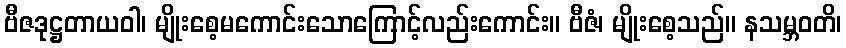
ဗီဇဒုဋ္ဌတာယဝါ၊ မျိုးစေ့မကောင်းသောကြောင့်လည်းကောင်း။ ဗီဇံ၊ မျိုးစေ့သည်။ နသမ္ဘဝတိ၊